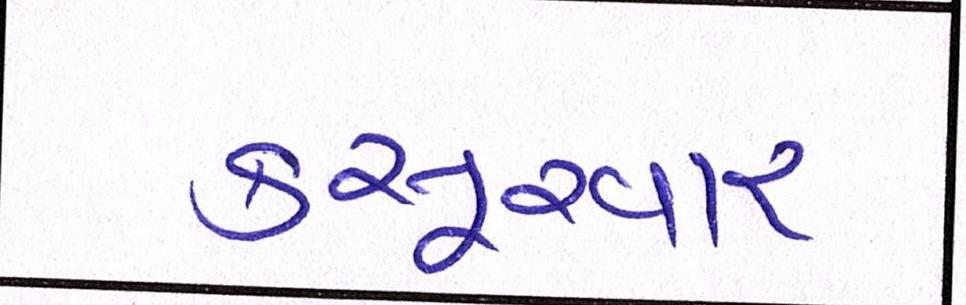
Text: કસૂરવાર